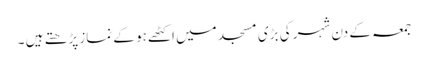
جمعہ کے دن شہر کی بڑی مسجد میں اکٹھے ہو کے نماز پڑھتے ہیں ۔